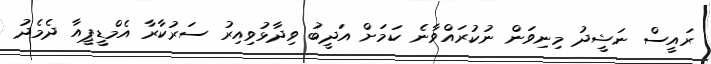
ރައީސް ނަޝީދު މިނިވަން ނުކުރައްވާނެ ކަމަށް އަދީބު ވިދާޅުވިއިރު ސަރުކާރާ އެމްޑީޕީއާ ދެމެދު